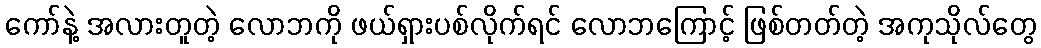
ကော်နဲ့ အလားတူတဲ့ လောဘကို ဖယ်ရှားပစ်လိုက်ရင် လောဘကြောင့် ဖြစ်တတ်တဲ့ အကုသိုလ်တွေ